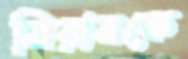
মিরানকে